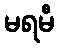
မရမီ